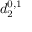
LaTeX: d _ { 2 } ^ { 0 , 1 }